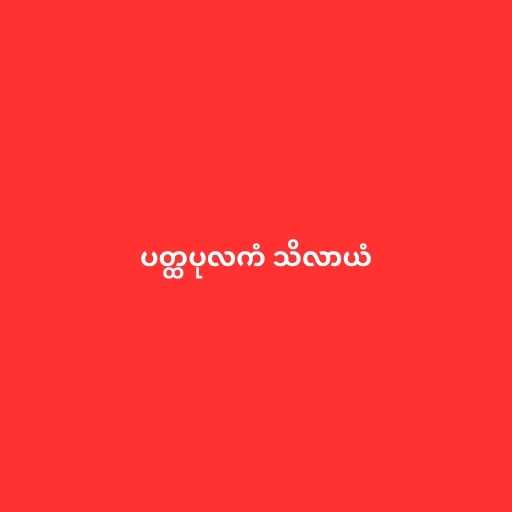
ပတ္ထပုလကံ သိလာယံ